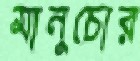
মানুচোর